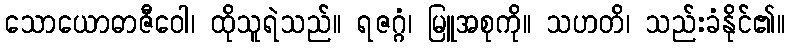
သောယောဓာဇီဝေါ၊ ထိုသူရဲသည်။ ရဇဂ္ဂံ၊ မြူအစုကို။ သဟတိ၊ သည်းခံနိုင်၏။